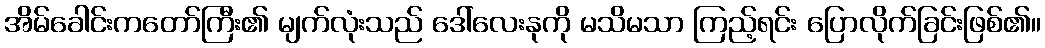
အိမ်ခေါင်းကတော်ကြီး၏ မျက်လုံးသည် ဒေါ်လေးနုကို မသိမသာ ကြည့်ရင်း ပြောလိုက်ခြင်းဖြစ်၏။